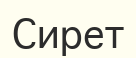
Сирет